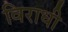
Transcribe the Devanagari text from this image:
विराधी